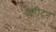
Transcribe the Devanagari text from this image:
वहीदन